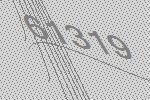
61319